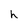
Character: h